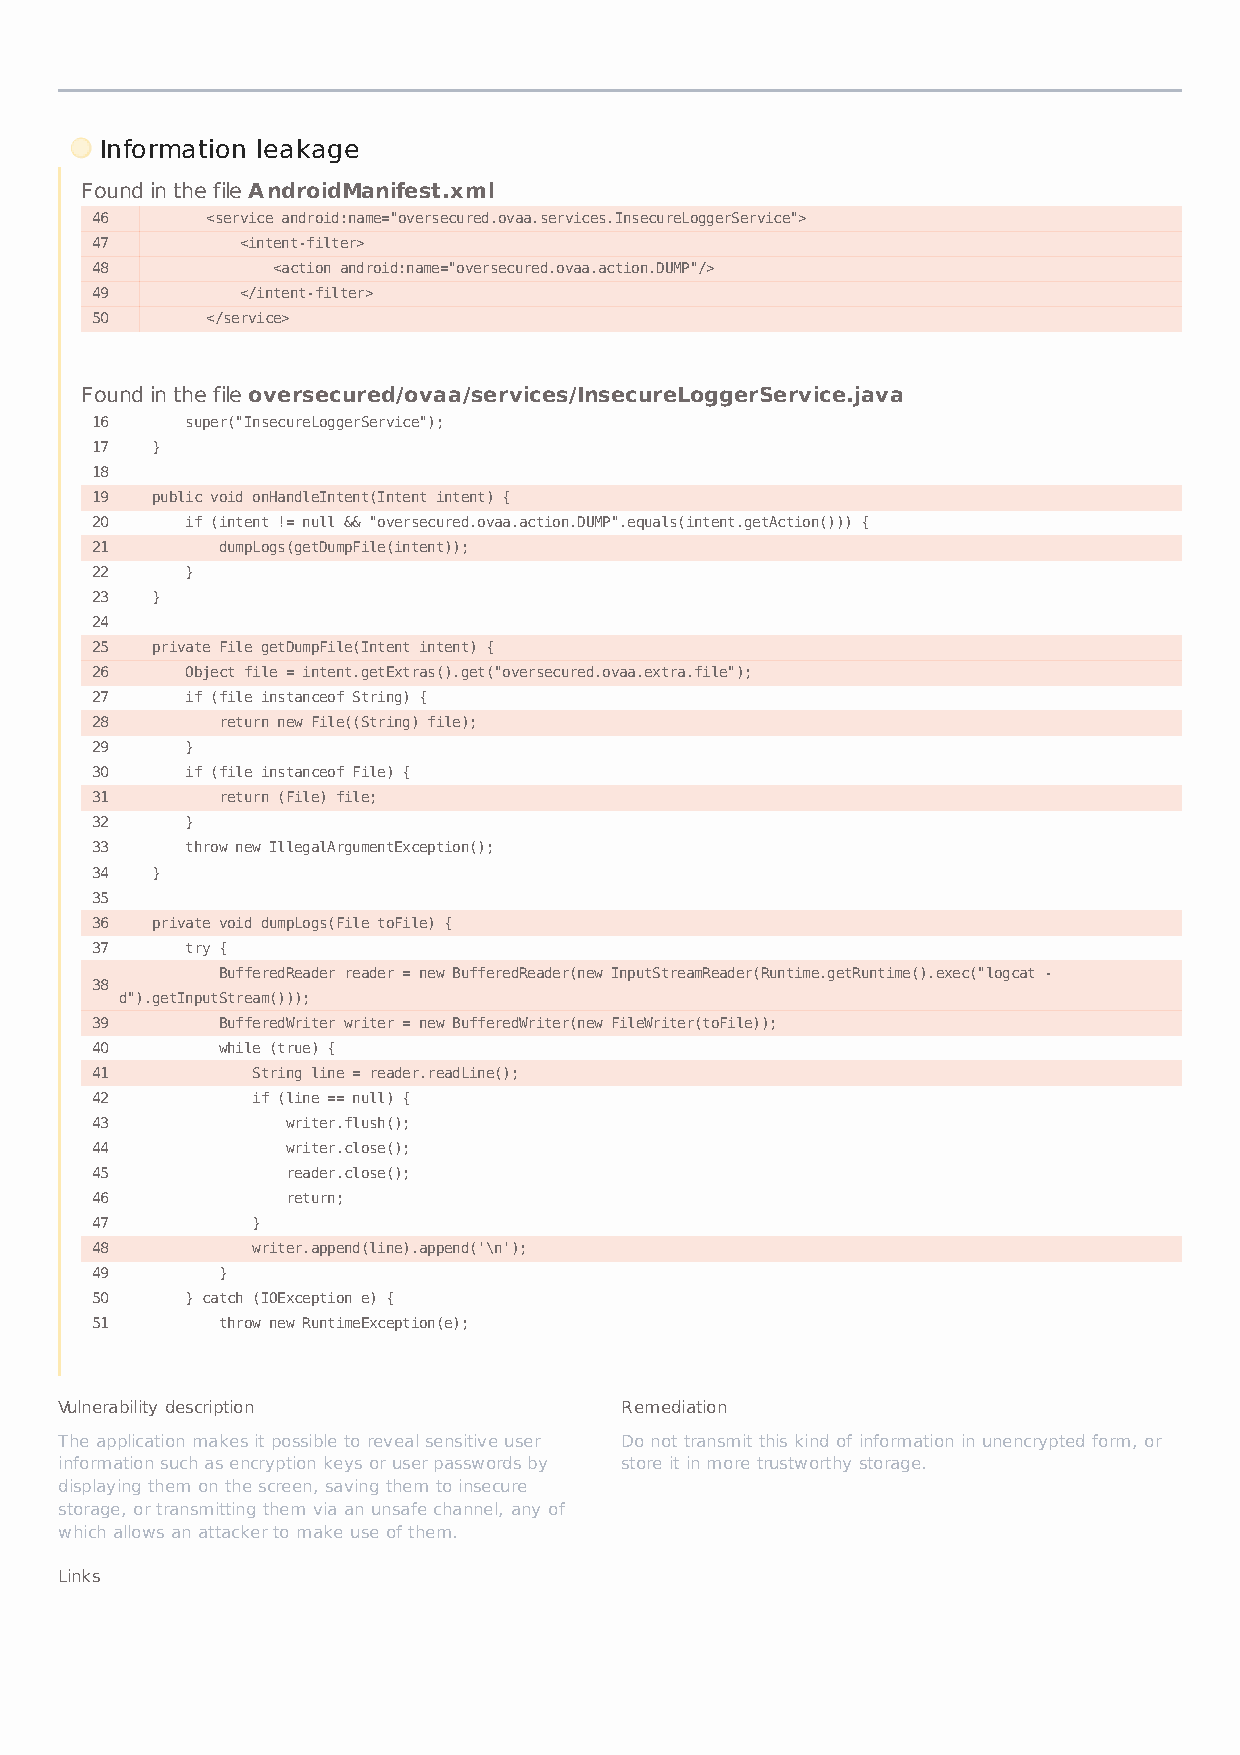
Information leakage
 Found in the file AndroidManifest.xml
 46      <service android:name="oversecured.ovaa.services.InsecureLoggerService">
 47        <intent-filter>
 48          <action android:name="oversecured.ovaa.action.DUMP"/>
 49        </intent-filter>
 50      </service>
 Found in the file oversecured/ovaa/services/InsecureLoggerService.java
 16    super("InsecureLoggerService");
 17  }
 18
 19  public void onHandleIntent(Intent intent) {
 20    if (intent != null && "oversecured.ovaa.action.DUMP".equals(intent.getAction())) {
 21      dumpLogs(getDumpFile(intent));
 22    }
 23  }
 24
 25  private File getDumpFile(Intent intent) {
 26    Object file = intent.getExtras().get("oversecured.ovaa.extra.file");
 27    if (file instanceof String) {
 28      return new File((String) file);
 29    }
 30    if (file instanceof File) {
 31      return (File) file;
 32    }
 33    throw new IllegalArgumentException();
 34  }
 35
 36  private void dumpLogs(File toFile) {
 37    try {
 BufferedReader reader = new BufferedReader(new InputStreamReader(Runtime.getRuntime().exec("logcat -
 38
 d").getInputStream()));
 39      BufferedWriter writer = new BufferedWriter(new FileWriter(toFile));
 40      while (true) {
 41         String line = reader.readLine();
 42         if (line == null) {
 43           writer.flush();
 44           writer.close();
 45           reader.close();
 46           return;
 47         }
 48         writer.append(line).append('\n');
 49      }
 50    } catch (IOException e) {
 51      throw new RuntimeException(e);
 Vulnerability description            Remediation
 The application makes it possible to reveal sensitive user Do not transmit this kind of information in unencrypted form, or
 information such as encryption keys or user passwords by store it in more trustworthy storage.
 displaying them on the screen, saving them to insecure
 storage, or transmitting them via an unsafe channel, any of
 which allows an attacker to make use of them.
 Links